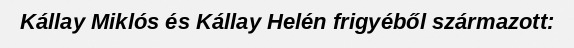
Kállay Miklós és Kállay Helén frigyéből származott: